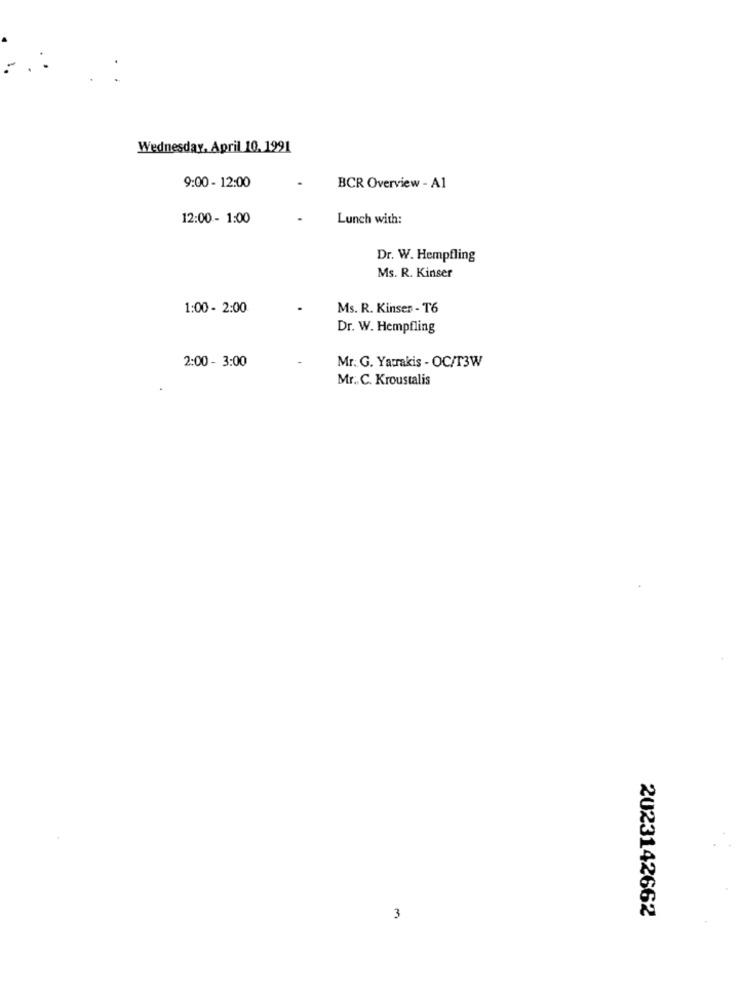
: .:
Wednesday, April 10. 1991
9:00 - 12:00
BCR Overview - A1
12:00 - 1:00
.
Lunch with:
Dr. W. Hempfling
Ms. R. Kinser
1:00 - 2:00
Ms. R. Kinser - T6
Dr. W. Hempfling
2:00 - 3:00
Mr. G. Yarrakis - OC/T3W
Mr. C. Kroustalis
3
2023142662